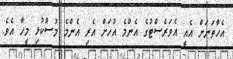
އެހާތަނަށް އެއީ އެވަރެސްޓުގެ އެންމެ އުހަށް އެރި އެންމެ މުސްކުޅި މީހާ އެވެ.